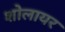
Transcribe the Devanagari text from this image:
शोलायर